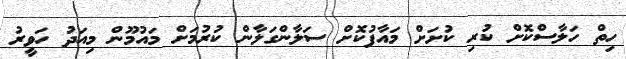
ހިތް ހަލާސްކޮށް ކުރި ކުށަށް މައާފުކޮށް ސަލާންގަލާން ކުރުމަށް މައުމޫން މިއަދު ހަވީރު